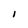
Character: I